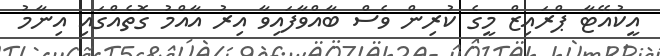
އީކުއޭޓާ ޕްރައިޒް މީގެ ކުރިން ވެސް ބާއްވާފައިވާ އިރު އާއްމު ގޮތެއްގައި އިނާމު